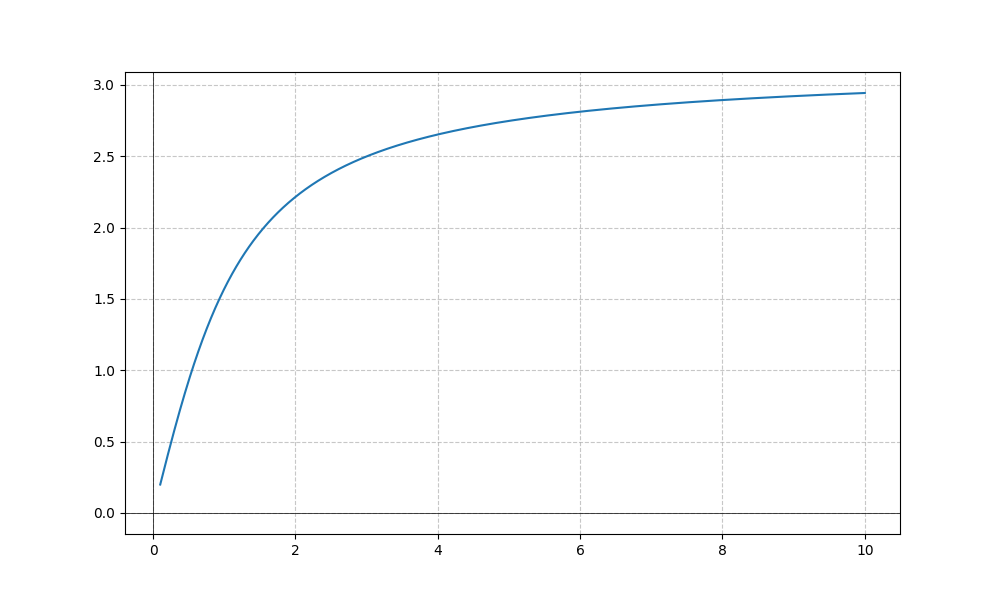
LaTeX formula: 2 \operatorname{atan}{\left(x \right)}